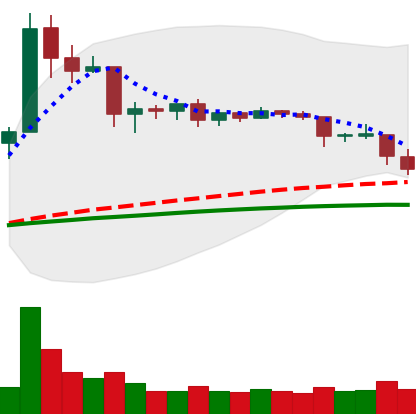
Ticker: ETC-USD
Chart end date: 2019-04-25
Forward return: 9.322%
Label: up_7plus